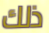
ذلك